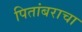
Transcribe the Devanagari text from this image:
पितांबराचा